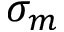
\sigma _ { m }